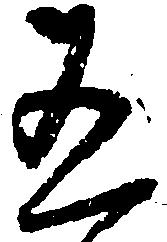
有